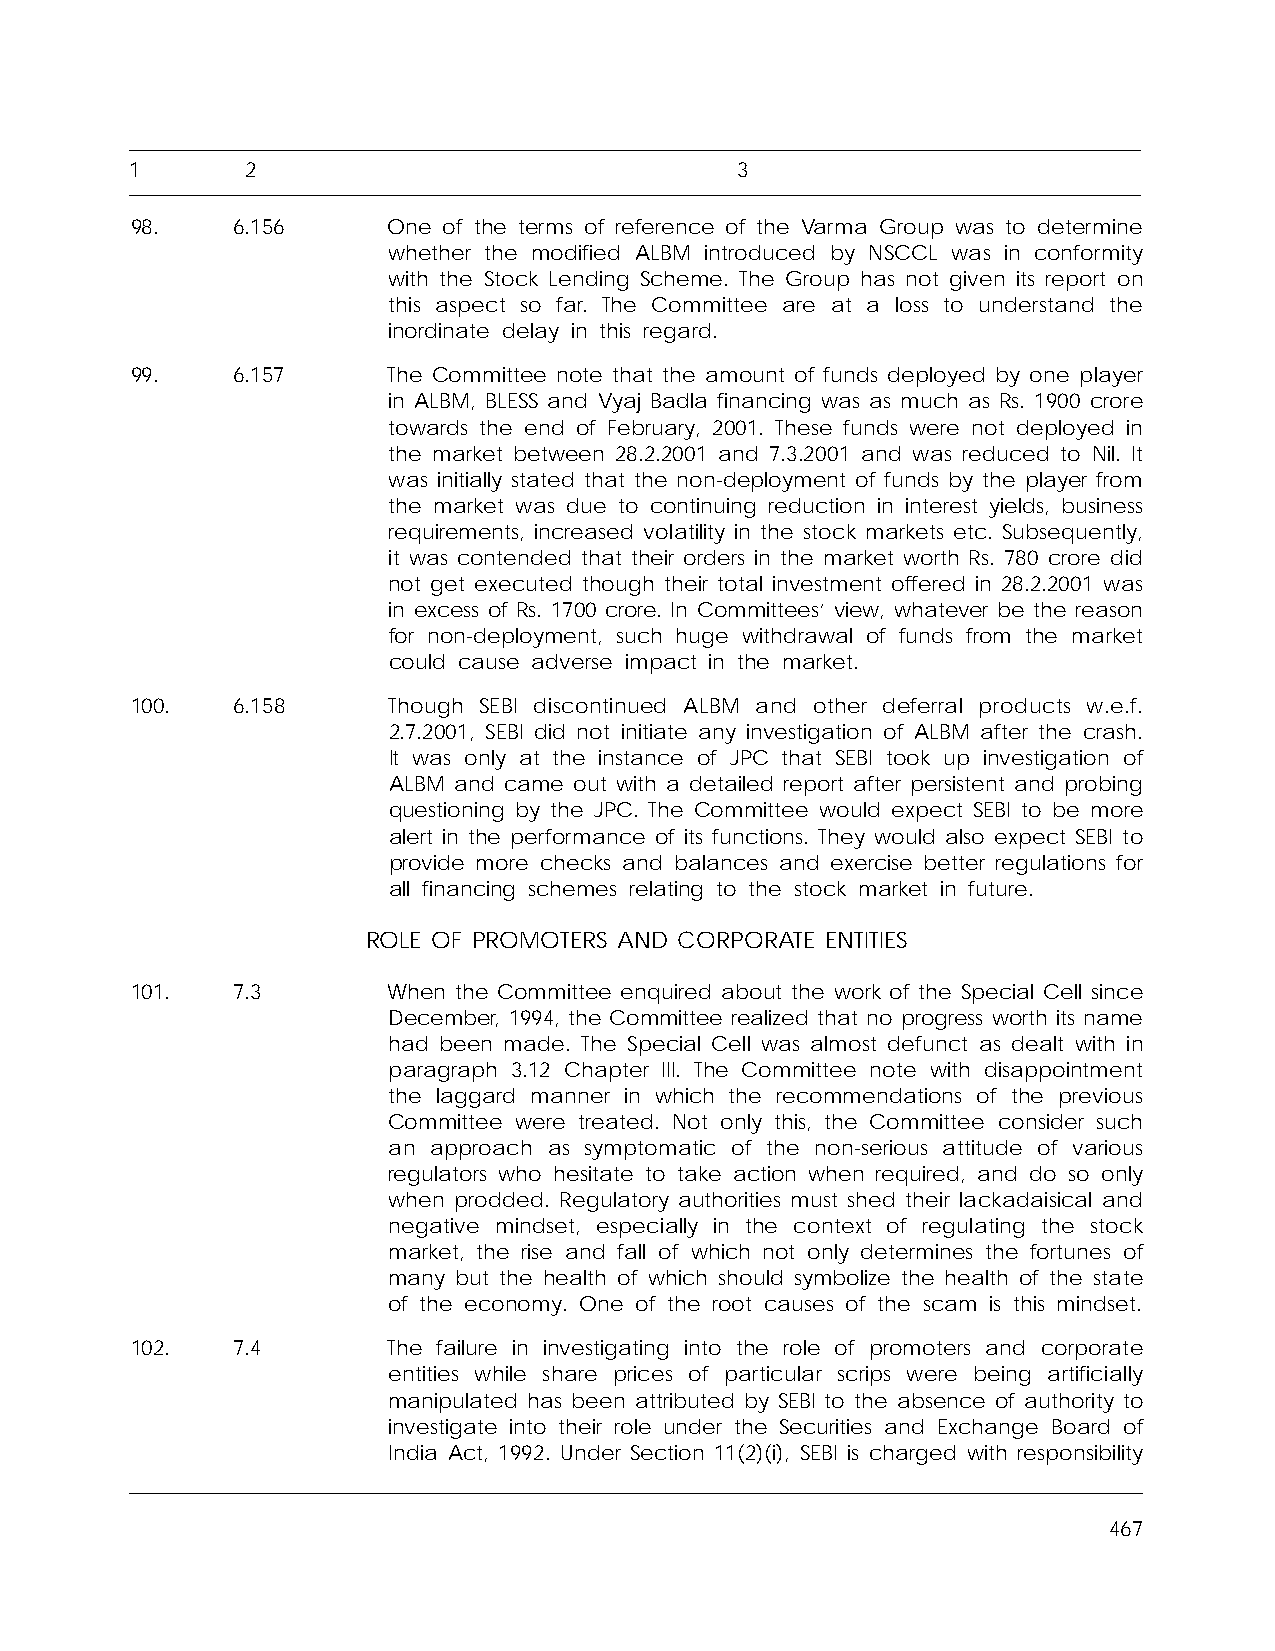
1      2                                3
 98.   6.156      One of the terms of reference of the Varma Group was to determine
 whether the modified ALBM introduced by NSCCL was in conformity
 with the Stock Lending Scheme. The Group has not given its report on
 this aspect so far. The Committee are at a loss to understand the
 inordinate delay in this regard.
 99.   6.157      The Committee note that the amount of funds deployed by one player
 in ALBM, BLESS and Vyaj Badla financing was as much as Rs. 1900 crore
 towards the end of February, 2001. These funds were not deployed in
 the market between 28.2.2001 and 7.3.2001 and was reduced to Nil. It
 was initially stated that the non-deployment of funds by the player from
 the market was due to continuing reduction in interest yields, business
 requirements, increased volatility in the stock markets etc. Subsequently,
 it was contended that their orders in the market worth Rs. 780 crore did
 not get executed though their total investment offered in 28.2.2001 was
 in excess of Rs. 1700 crore. In Committees’ view, whatever be the reason
 for non-deployment, such huge withdrawal of funds from the market
 could cause adverse impact in the market.
 100.  6.158      Though SEBI discontinued ALBM and other deferral products w.e.f.
 2.7.2001, SEBI did not initiate any investigation of ALBM after the crash.
 It was only at the instance of JPC that SEBI took up investigation of
 ALBM and came out with a detailed report after persistent and probing
 questioning by the JPC. The Committee would expect SEBI to be more
 alert in the performance of its functions. They would also expect SEBI to
 provide more checks and balances and exercise better regulations for
 all financing schemes relating to the stock market in future.
 ROLE OF PROMOTERS AND CORPORATE ENTITIES
 101.  7.3        When the Committee enquired about the work of the Special Cell since
 December, 1994, the Committee realized that no progress worth its name
 had been made. The Special Cell was almost defunct as dealt with in
 paragraph 3.12 Chapter III. The Committee note with disappointment
 the laggard manner in which the recommendations of the previous
 Committee were treated. Not only this, the Committee consider such
 an approach as symptomatic of the non-serious attitude of various
 regulators who hesitate to take action when required, and do so only
 when prodded. Regulatory authorities must shed their lackadaisical and
 negative mindset, especially in the context of regulating the stock
 market, the rise and fall of which not only determines the fortunes of
 many but the health of which should symbolize the health of the state
 of the economy. One of the root causes of the scam is this mindset.
 102.  7.4        The failure in investigating into the role of promoters and corporate
 entities while share prices of particular scrips were being artificially
 manipulated has been attributed by SEBI to the absence of authority to
 investigate into their role under the Securities and Exchange Board of
 India Act, 1992. Under Section 11(2)(i), SEBI is charged with responsibility
 467